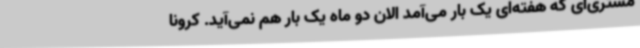
مشتری‌ای که هفته‌ای یک بار می‌آمد الان دو ماه یک بار هم نمی‌آید. کرونا